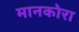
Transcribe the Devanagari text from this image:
मानकोरा